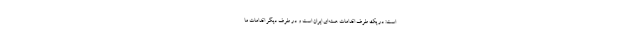
است: در یک طرف اقدامات هسته‌ای ایران است و در طرف دیگر اقدامات ما